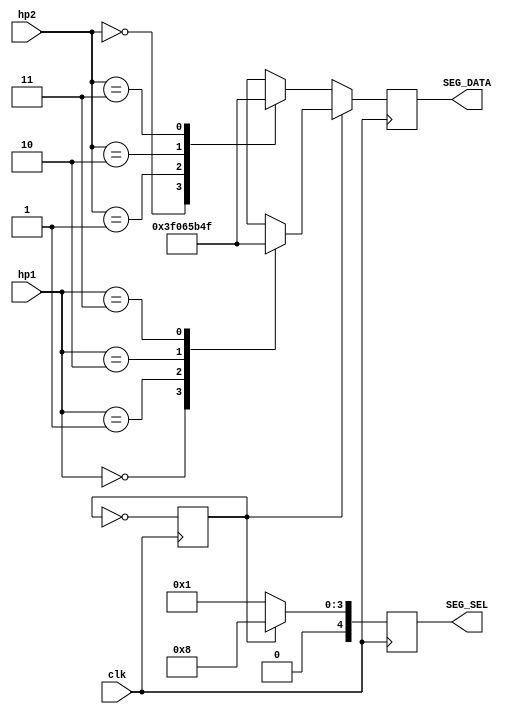
`timescale 1ns / 1ps
//////////////////////////////////////////////////////////////////////////////////
// Company: 
// Engineer: 
// 
// Design Name: 
// Module Name:    SevenSeg 
// Project Name: 
// Target Devices: 
// Tool versions: 
// Description: 
//
// Dependencies: 
//
// Revision: 
// Revision 0.01 - File Created
// Additional Comments: 
//
//////////////////////////////////////////////////////////////////////////////////
module SevenSeg(clk, hp1, hp2, SEG_SEL, SEG_DATA);

	input clk;
	input [1:0] hp1;
	input [1:0] hp2;
	output reg [4:0] SEG_SEL;
	output reg [7:0] SEG_DATA;
	reg control=0;

	always @ (posedge clk)
	begin
		if(control)
		begin
			case(hp1)
				2'b00 : SEG_DATA = 8'b00111111;
				2'b01 : SEG_DATA = 8'b00000110;
				2'b10 : SEG_DATA = 8'b01011011;
				2'b11 : SEG_DATA = 8'b01001111;
			endcase
			SEG_SEL=5'b01000;
		end
		else
		begin
			case(hp2)
				2'b00 : SEG_DATA = 8'b00111111;
				2'b01 : SEG_DATA = 8'b00000110;
				2'b10 : SEG_DATA = 8'b01011011;
				2'b11 : SEG_DATA = 8'b01001111;
			endcase
			SEG_SEL=5'b00001;
		end
		control = ~control;
	end
endmodule